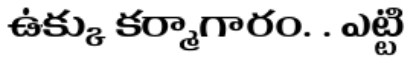
ఉక్కు కర్మాగారం. . ఎట్టి